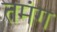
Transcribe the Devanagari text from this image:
तमंग